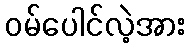
ဝမ်ပေါင်လဲ့အား